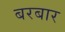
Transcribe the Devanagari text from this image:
बरबार